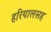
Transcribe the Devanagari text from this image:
हरियालसह